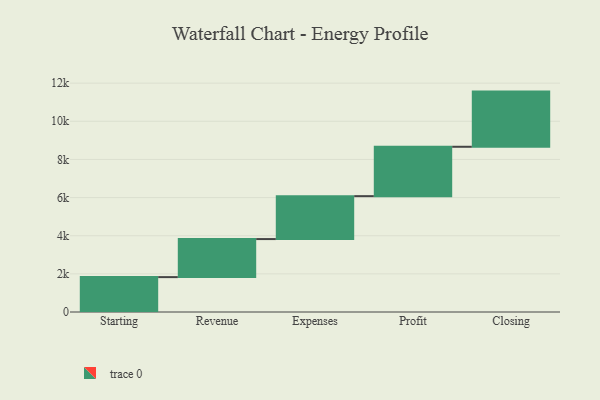
{"axis": {"x": "Step", "y": "Value"}, "legend": [""], "data": [{"x": "Starting", "y": 1829.0, "type": ""}, {"x": "Revenue", "y": 1995.0, "type": ""}, {"x": "Expenses", "y": 2251.0, "type": ""}, {"x": "Profit", "y": 2589.0, "type": ""}, {"x": "Closing", "y": 2893.0, "type": ""}]}